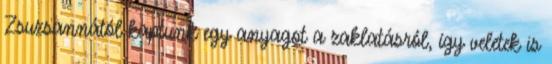
Zsuzsannától kaptunk egy anyagot a zaklatásról, így veletek is